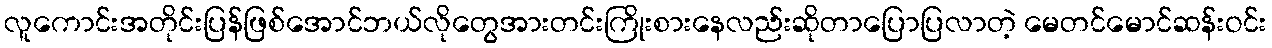
လူကောင်းအတိုင်းပြန်ဖြစ်အောင်ဘယ်လိုတွေအားတင်းကြိုးစားနေလည်းဆိုတာပြောပြလာတဲ့ မေတင်မောင်ဆန်းဝင်း